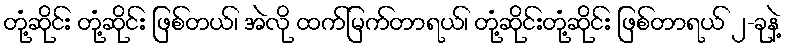
တုံ့ဆိုင်း တုံ့ဆိုင်း ဖြစ်တယ်၊ အဲလို ထက်မြက်တာရယ်၊ တုံ့ဆိုင်းတုံ့ဆိုင်း ဖြစ်တာရယ် ၂-ခုနဲ့